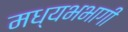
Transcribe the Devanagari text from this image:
मध्यभभागी